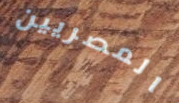
المصريين